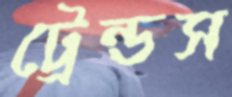
ট্রেন্ডস